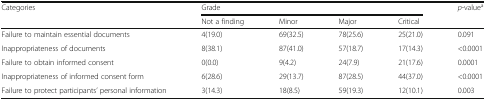
| <ROWSPAN=2> Categories | <COLSPAN=4> Grade | <ROWSPAN=2> p-valuea |
 | Not a finding | Minor | Major | Critical |
 | --- | --- | --- | --- | --- | --- |
 | Failure to maintain essential documents | 4(19.0) | 69(32.5) | 78(25.6) | 25(21.0) | 0.091 |
 | Inappropriateness of documents | 8(38.1) | 87(41.0) | 57(18.7) | 17(14.3) | <0.0001 |
 | Failure to obtain informed consent | 0(0.0) | 9(4.2) | 24(7.9) | 21(17.6) | 0.0001 |
 | Inappropriateness of informed consent form | 6(28.6) | 29(13.7) | 87(28.5) | 44(37.0) | <0.0001 |
 | Failure to protect participants’ personal information | 3(14.3) | 18(8.5) | 59(19.3) | 12(10.1) | 0.003 |